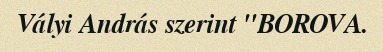
Vályi András szerint "BOROVA.